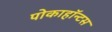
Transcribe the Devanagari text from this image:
पोकाहॉन्टस